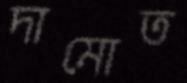
দামোত